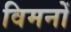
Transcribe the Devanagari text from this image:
विमनों